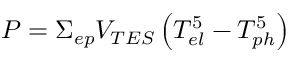
P = \Sigma _ { e p } V _ { T E S } \left( T _ { e l } ^ { 5 } - T _ { p h } ^ { 5 } \right)